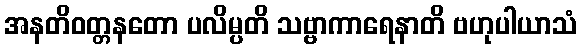
အနတိဝတ္တနတော ပလိမ္ပတိ သဗ္ဗာကာရေနာတိ ဗဟုပါယာသံ